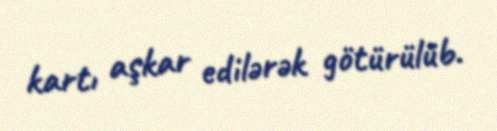
kartı aşkar edilərək götürülüb.